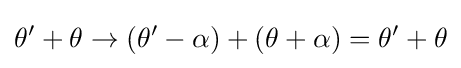
\theta '+\theta \rightarrow (\theta '-\alpha )+(\theta +\alpha )=\theta '+\theta